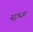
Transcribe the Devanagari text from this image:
सूत्रज्ञः